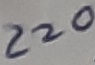
Text: 220